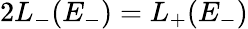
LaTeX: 2L_{-}(E_{-})=L_{+}(E_{-})